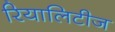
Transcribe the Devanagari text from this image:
रियालिटीज